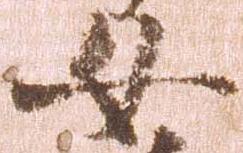
女